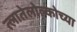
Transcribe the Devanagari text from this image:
त्लातेलोल्कोच्या